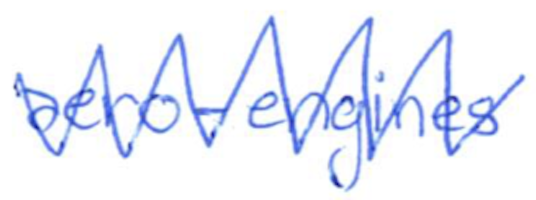
Text: aero-engines
Cross-out: zig-zag
Writing tool: ballpoint